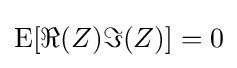
\operatorname {E} [\Re {(Z)}\Im {(Z)}]=0